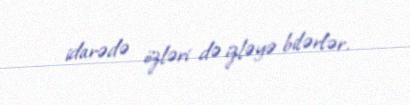
idarədə özləri də izləyə bilərlər.